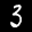
Digit: 3